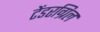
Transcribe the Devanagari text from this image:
टेंडरग्रिल